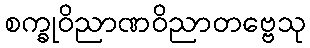
စက္ခုဝိညာဏဝိညာတဗ္ဗေသု